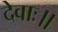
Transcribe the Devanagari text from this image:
देवाः॥